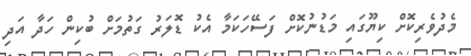
މެދުވެރިކޮށް ކިޔޫގައި މަޑުނުކޮށް ފަސޭހަކަމާ އެކު ޑޮލަރު ގަތުމަށް ބުކިން ހަދާ އަދި